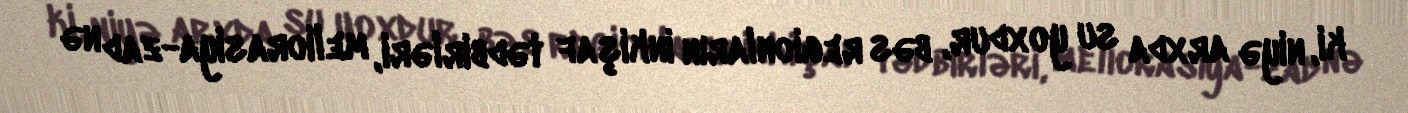
ki, niyə arxda su yoxdur, bəs regionların inkişaf tədbirləri, meliorasiya-zad nə